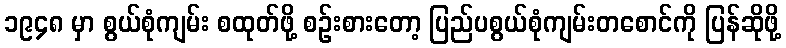
၁၉၄၈ မှာ စွယ်စုံကျမ်း စထုတ်ဖို့ စဉ်းစားတော့ ပြည်ပစွယ်စုံကျမ်းတစောင်ကို ပြန်ဆိုဖို့